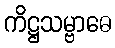
ကိဋ္ဌသမ္ဗာဓေ